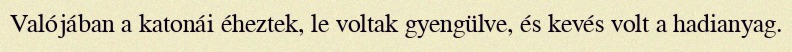
Valójában a katonái éheztek, le voltak gyengülve, és kevés volt a hadianyag.